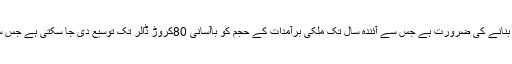
انہوں نے کہا کہ ایران کے ساتھ تجارت کے فروغ کے حوالے سے بینکنگ کی سہولیات کی فراہمی کو یقینی بنانے کی ضرورت ہے جس سے آئندہ سال تک ملکی برآمدات کے حجم کو باآسانی 80کروڑ ڈالر تک توسیع دی جا سکتی ہے جس سے نہ صرف ملکی برآمدات کے فروغ بلکہ ملکی ترقی کے مطلوبہ اہداف کے حصول میں بھی مدد ملے گی۔